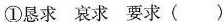
①恳求 哀求 要求 ( )